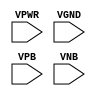
module sky130_fd_sc_ms__tap (
    VPWR,
    VGND,
    VPB ,
    VNB
);

    input VPWR;
    input VGND;
    input VPB ;
    input VNB ;
endmodule